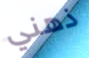
ذهني